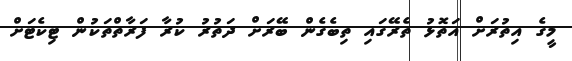
މީގެ އިތުރަށް އަތޮޅު ތެރޭގައި ތިބެގެން ބޭރަށް ދަތުރު ކުރާ ފަރާތްތަކުން ޓިކެޓަށް